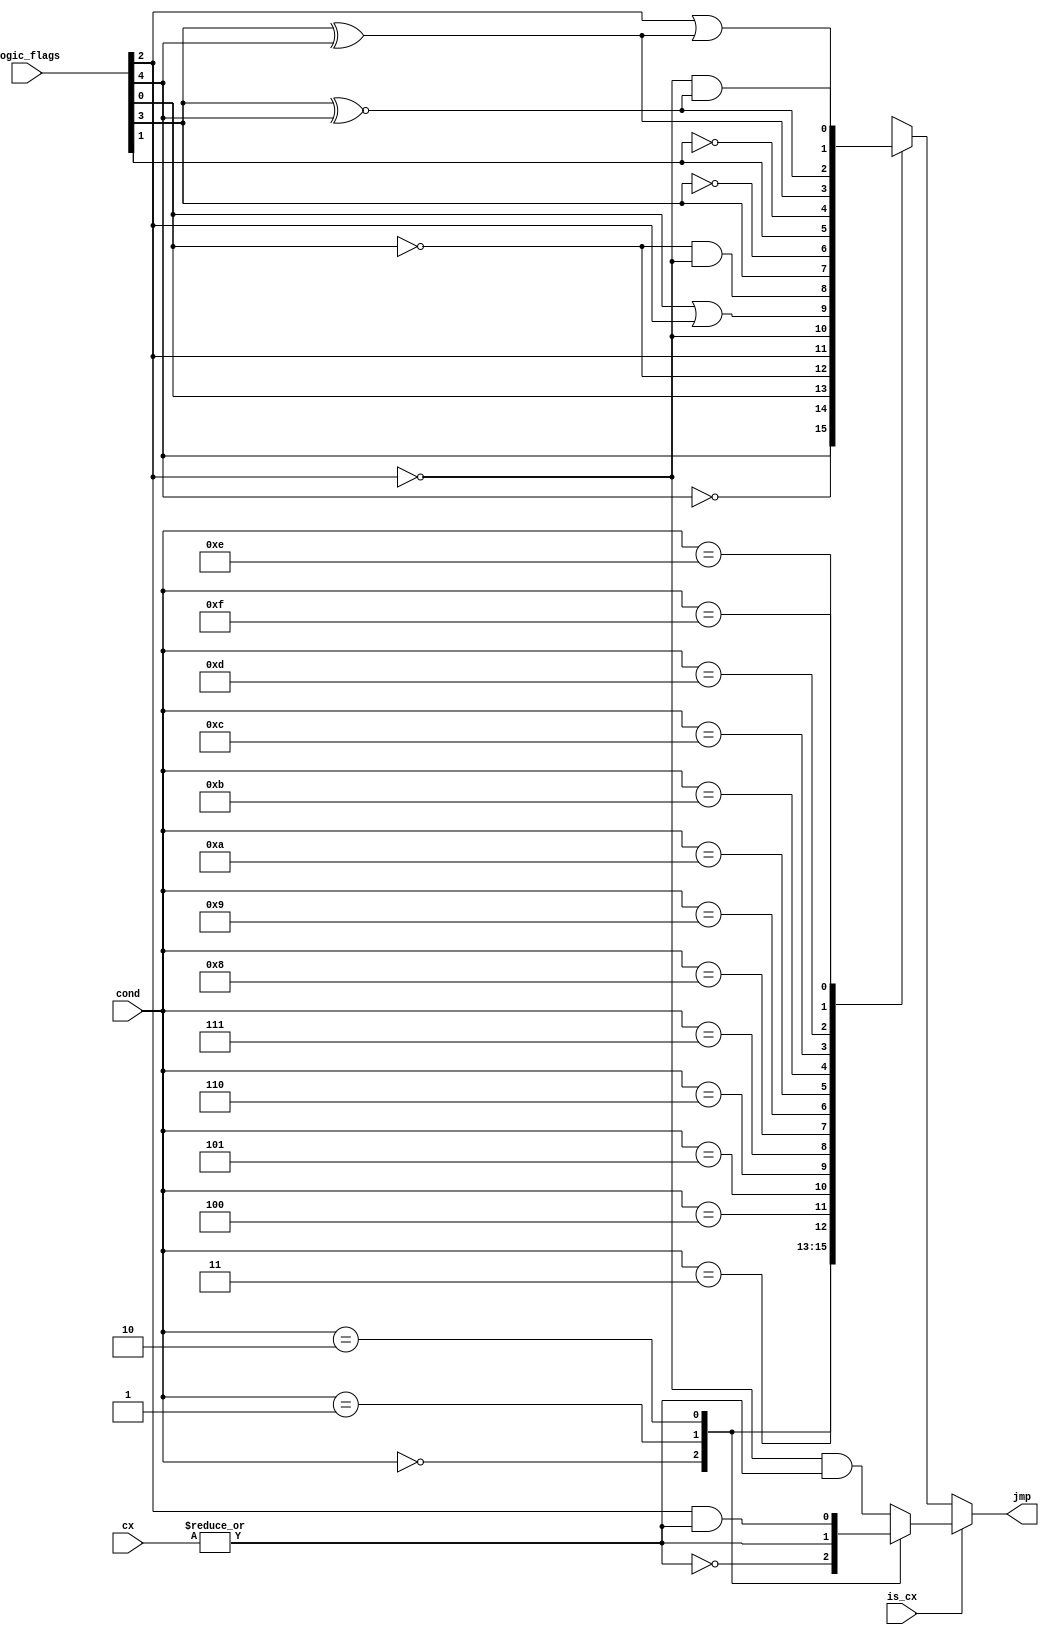
module jmp_cond (
    input [4:0]  logic_flags,
    input [3:0]  cond,
    input        is_cx,
    input [15:0] cx,
    output reg   jmp
  );
  wire of, sf, zf, pf, cf;
  wire cx_zero;
  assign of = logic_flags[4];
  assign sf = logic_flags[3];
  assign zf = logic_flags[2];
  assign pf = logic_flags[1];
  assign cf = logic_flags[0];
  assign cx_zero = ~(|cx);
  always @(cond or is_cx or cx_zero or zf or of or cf or sf or pf)
    if (is_cx) case (cond)
        4'b0000: jmp <= cx_zero;         
        4'b0001: jmp <= ~cx_zero;        
        4'b0010: jmp <= zf & ~cx_zero;   
        default: jmp <= ~zf & ~cx_zero; 
      endcase
    else case (cond)
      4'b0000: jmp <= of;
      4'b0001: jmp <= ~of;
      4'b0010: jmp <= cf;
      4'b0011: jmp <= ~cf;
      4'b0100: jmp <= zf;
      4'b0101: jmp <= ~zf;
      4'b0110: jmp <= cf | zf;
      4'b0111: jmp <= ~cf & ~zf;
      4'b1000: jmp <= sf;
      4'b1001: jmp <= ~sf;
      4'b1010: jmp <= pf;
      4'b1011: jmp <= ~pf;
      4'b1100: jmp <= (sf ^ of);
      4'b1101: jmp <= (sf ^~ of);
      4'b1110: jmp <= zf | (sf ^ of);
      4'b1111: jmp <= ~zf & (sf ^~ of);
    endcase
endmodule